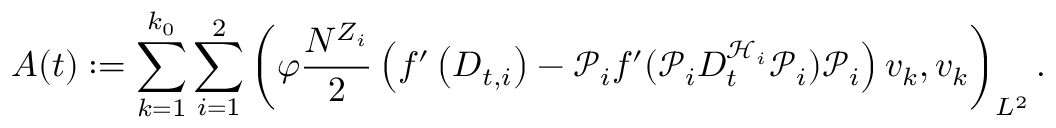
A ( t ) : = \sum _ { k = 1 } ^ { k _ { 0 } } \sum _ { i = 1 } ^ { 2 } \left( \varphi \frac { N ^ { Z _ { i } } } { 2 } \left( f ^ { \prime } \left( D _ { t , i } \right) - \mathcal { P } _ { i } f ^ { \prime } ( \mathcal { P } _ { i } D _ { t } ^ { \mathcal { H } _ { i } } \mathcal { P } _ { i } ) \mathcal { P } _ { i } \right) v _ { k } , v _ { k } \right) _ { L ^ { 2 } } .